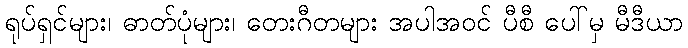
ရုပ်ရှင်များ၊ ဓာတ်ပုံများ၊ တေးဂီတများ အပါအဝင် ပီစီ ပေါ်မှ မီဒီယာ